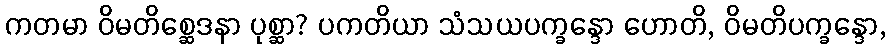
ကတမာ ဝိမတိစ္ဆေဒနာ ပုစ္ဆာ? ပကတိယာ သံသယပက္ခန္ဒော ဟောတိ, ဝိမတိပက္ခန္ဒော,